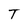
Character: T